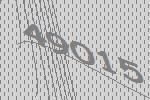
49015